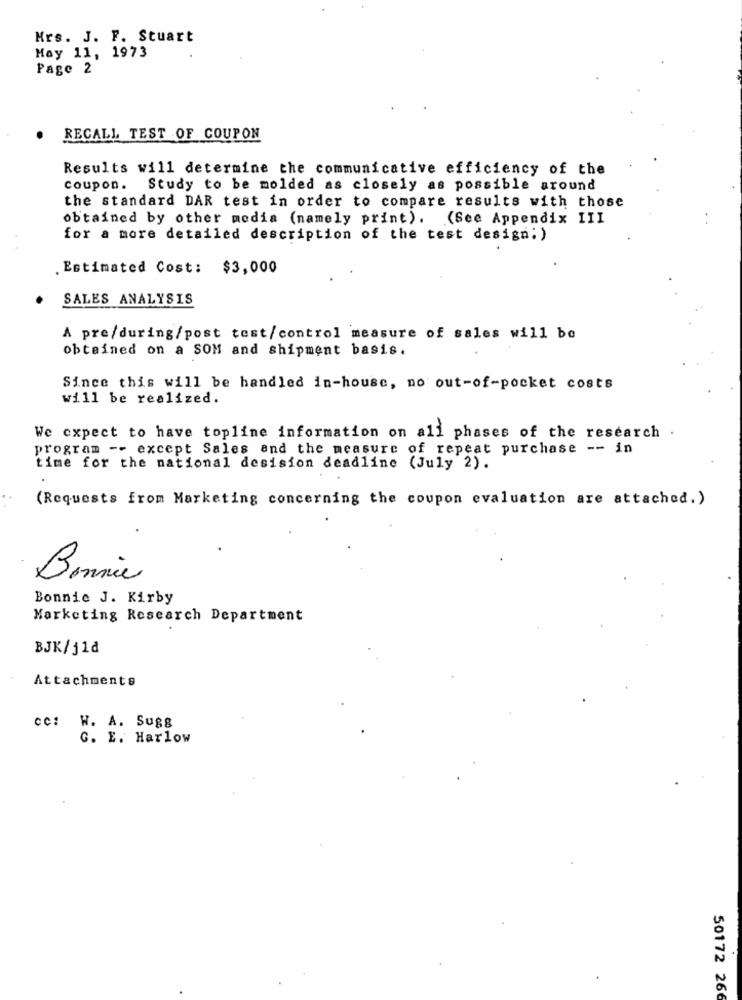
Mrs. J. F. Stuart
May 11, 1973
Page 2
RECALL TEST OF COUPON
Results will determine the communicative efficiency of the
coupon. Study to be molded as closely as possible around
the standard DAR test in order to compare results with those
obtained by other media (namely print). (See Appendix III
for a more detailed description of the test design; )
. Estimated Cost: $3,000
SALES ANALYSIS
A pre/during/post test/control measure of sales will be
obtained on a SOM and shipment basis.
Since this will be handled in-house, no out-of-pocket costs
will be realized.
We expect to have topline information on all phases of the research
program -- except Sales and the measure of repeat purchase -- in
time for the national desision deadline (July 2).
(Requests from Marketing concerning the coupon evaluation are attached.)
Bonnie
Bonnie J. Kirby
Marketing Research Department
BJK/j1₫
Attachments
cc: W. A. Sugg
G. E. Harlow
50172 266